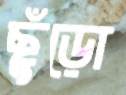
ছুঁড়ো